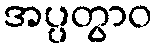
အပ္ပတွာဝ